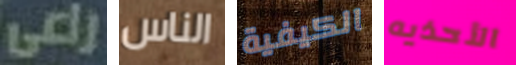
راعي الناس الكيفية الأحذيه